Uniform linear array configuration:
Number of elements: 16
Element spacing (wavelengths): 0.5
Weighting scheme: exponential
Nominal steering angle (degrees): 45
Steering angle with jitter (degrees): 43.575
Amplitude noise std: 0.05
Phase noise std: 0.05

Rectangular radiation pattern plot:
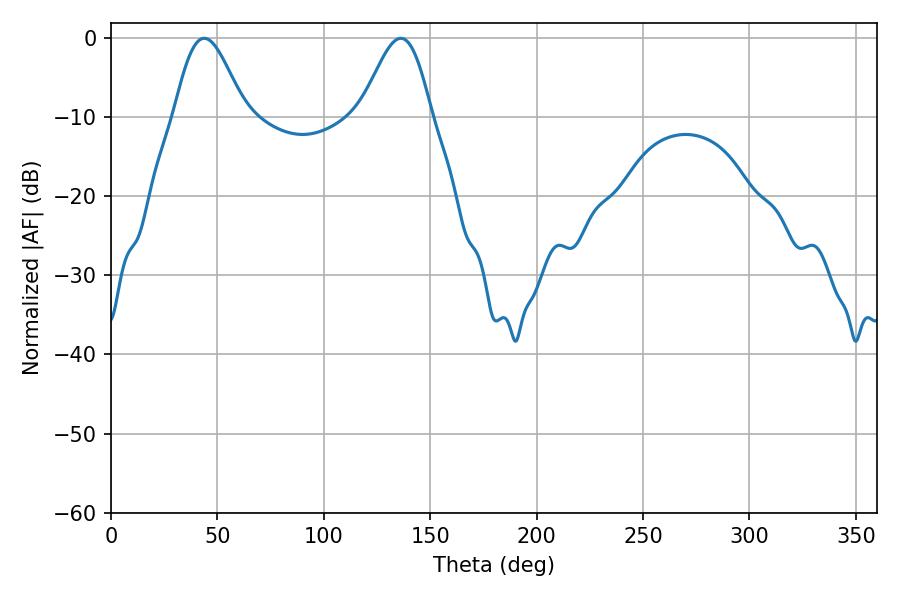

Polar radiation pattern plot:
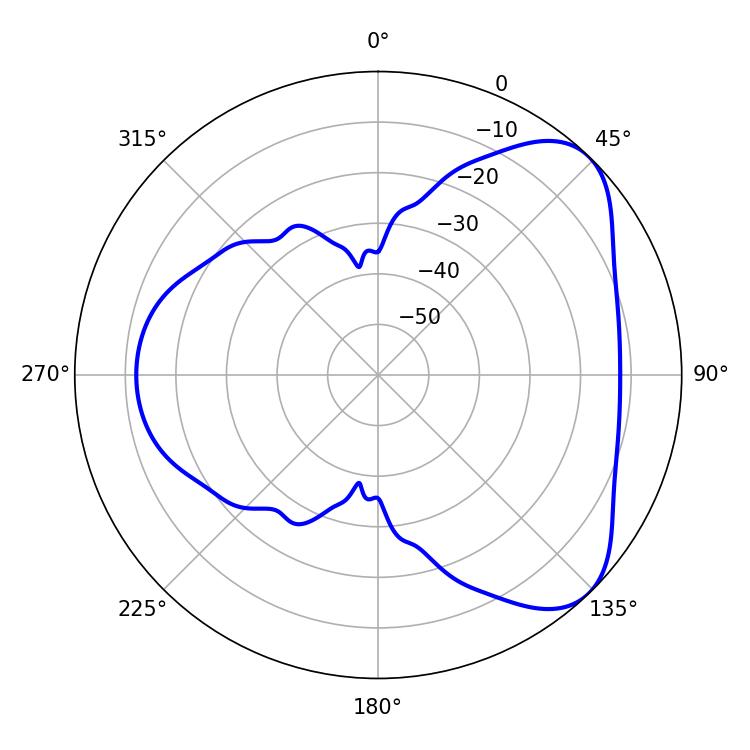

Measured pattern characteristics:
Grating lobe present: FALSE
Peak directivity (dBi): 5.983
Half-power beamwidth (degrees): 17.46
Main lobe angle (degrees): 43.74